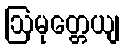
ဩမုတ္တေယျ